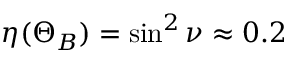
\eta ( \Theta _ { B } ) = \sin ^ { 2 } \nu \approx 0 . 2